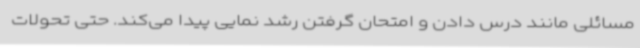
مسائلی مانند درس دادن و امتحان گرفتن رشد نمایی پیدا می‌کند. حتی تحولات